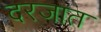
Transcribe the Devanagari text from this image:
दरजात